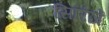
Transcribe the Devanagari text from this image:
सिरिंजें